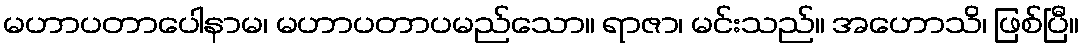
မဟာပတာပေါနာမ၊ မဟာပတာပမည်သော။ ရာဇာ၊ မင်းသည်။ အဟောသိ၊ ဖြစ်ပြီ။